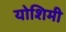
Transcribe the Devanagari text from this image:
योशिमी